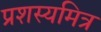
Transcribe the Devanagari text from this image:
प्रशस्यमित्र